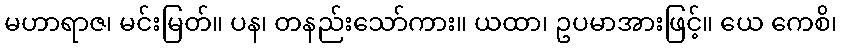
မဟာရာဇ၊ မင်းမြတ်။ ပန၊ တနည်းသော်ကား။ ယထာ၊ ဥပမာအားဖြင့်။ ယေ ကေစိ၊